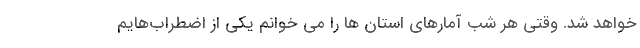
خواهد شد. وقتی هر شب آمارهای استان ها را می خوانم یکی از اضطراب‌هایم